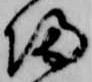
帰